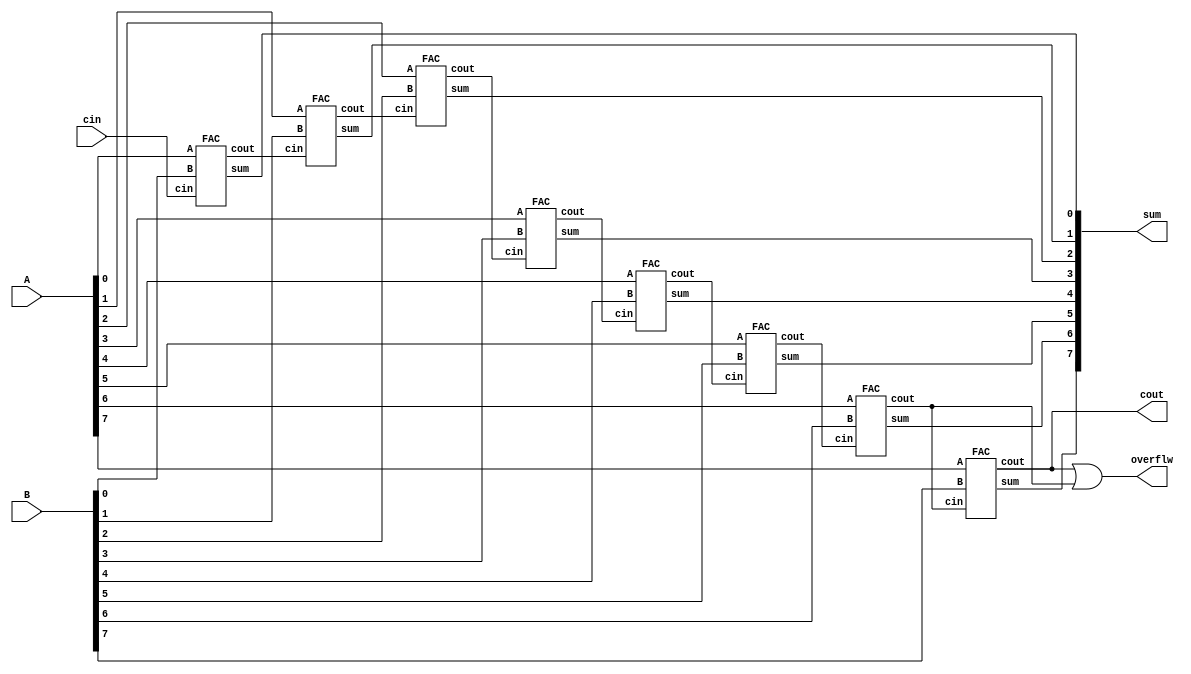
module RCA(
  input[7:0] A,
  input[7:0] B,
  input cin,
  output[7:0] sum,
  output cout,
  output overflw
);
wire [7:0] carry;
//
FAC FA0 (.A(A[0]), .B(B[0]), .cin(cin), .sum(sum[0]), .cout(carry[0]));
FAC FA1 (.A(A[1]), .B(B[1]), .cin(carry[0]), .sum(sum[1]), .cout(carry[1]));
FAC FA2 (.A(A[2]), .B(B[2]), .cin(carry[1]), .sum(sum[2]), .cout(carry[2]));
FAC FA3 (.A(A[3]), .B(B[3]), .cin(carry[2]), .sum(sum[3]), .cout(carry[3]));
FAC FA4 (.A(A[4]), .B(B[4]), .cin(carry[3]), .sum(sum[4]), .cout(carry[4]));
FAC FA5 (.A(A[5]), .B(B[5]), .cin(carry[4]), .sum(sum[5]), .cout(carry[5]));
FAC FA6 (.A(A[6]), .B(B[6]), .cin(carry[5]), .sum(sum[6]), .cout(carry[6]));
FAC FA7 (.A(A[7]), .B(B[7]), .cin(carry[6]), .sum(sum[7]), .cout(cout));
assign overflw=cout | carry[6];
endmodule
module FAC(
  input A,
  input B,
  input cin,
  output sum,
  output cout
);
assign sum = A ^ B ^ cin;
assign cout = (A & B) | (A & cin) | (B & cin);
endmodule
module RCA_Star(
  input[7:0] A,
  input[7:0] B,
  input cin,
  output[7:0] sum,
  output cout,
  output pi
);
wire[7:0] propagate;
wire[7:0] carry;

FAC_Star FAS0 (.A(A[0]), .B(B[0]), .cin(cin), .sum(sum[0]), .cout(carry[0]), .pi(propagate[0]));
FAC_Star FAS1 (.A(A[1]), .B(B[1]), .cin(carry[0]), .sum(sum[1]), .cout(carry[1]), .pi(propagate[1]));
FAC_Star FAS2 (.A(A[2]), .B(B[2]), .cin(carry[1]), .sum(sum[2]), .cout(carry[2]), .pi(propagate[2]));
FAC_Star FAS3 (.A(A[3]), .B(B[3]), .cin(carry[2]), .sum(sum[3]), .cout(carry[3]), .pi(propagate[3]));
FAC_Star FAS4 (.A(A[4]), .B(B[4]), .cin(carry[3]), .sum(sum[4]), .cout(carry[4]), .pi(propagate[4]));
FAC_Star FAS5 (.A(A[5]), .B(B[5]), .cin(carry[4]), .sum(sum[5]), .cout(carry[5]), .pi(propagate[5]));
FAC_Star FAS6 (.A(A[6]), .B(B[6]), .cin(carry[5]), .sum(sum[6]), .cout(carry[6]), .pi(propagate[6]));
FAC_Star FAS7 (.A(A[7]), .B(B[7]), .cin(carry[6]), .sum(sum[7]), .cout(cout), .pi(propagate[7]));

assign pi = propagate[0] & propagate[1] & propagate[2] & propagate[3] & propagate[4] & propagate[5] & propagate[6] & propagate[7];
endmodule
module FAC_Star(
  input A,
  input B,
  input cin,
  output sum,
  output cout,
  output pi
  );
  
  assign sum = A ^ B ^ cin;
  assign cout = (A & B) | (A & cin) | (B & cin);
  assign pi =A | B;
endmodule
module makeXor #(
    parameter WIDTH = 32 
)(
    input [WIDTH-1:0] a,
    input b,
    output [WIDTH-1:0] aXor
);

// Internal wire for the result of the XOR operation
wire [WIDTH-1:0] temp_aXor;
//assign aXor={WIDTH{1'd0}};

// Perform XOR operation between each bit of 'a' and 'b'
genvar i;
generate
    for (i = 0; i < WIDTH; i = i + 1) begin : XOR_loop
        assign temp_aXor[i] = a[i] ^ b;
    end
endgenerate

// Assign the result to the output
assign aXor = temp_aXor;
endmodule
module CSkA(
    //va trebui 1.x[32],y[32]-->sum[67](adunare)  2.x[33],y[33]-->sum[33](impartire)  3.x[34],y[34]-->sum[34](inmultire)
    input [31:0] 	X,
    input [31:0] 	Y,
    input [32:0] 	X2,
    input [32:0] 	Y2,
    input [33:0] 	X3,
    input [33:0] 	Y3, 
    input 	cin,
    output 	cout,
    output 	cout2,
    output 	cout3,
    output [66:0] sum,
    output [32:0] sum2,
    output [33:0] sum3
);
// Declaration of wires
wire [31:0] Y_xor_cin;
wire [32:0] Y2_xor_cin;
wire [33:0] Y3_xor_cin;
wire ovrflw;

makeXor #(.WIDTH(32)) xor1 (.a(Y), .b(cin), .aXor(Y_xor_cin));
makeXor #(.WIDTH(33)) xor2 (.a(Y2), .b(cin), .aXor(Y2_xor_cin));
makeXor #(.WIDTH(34)) xor3 (.a(Y3), .b(cin), .aXor(Y3_xor_cin));


//pt 32b
wire [2:0] carry;
wire Propagate1,Propagate2;

RCA RCA0(.A(X[7:0]), .B(Y_xor_cin[7:0]), .cin(cin), .sum(sum[7:0]), .cout(carry[0]), .overflw(overflw));
RCA_Star RCA1(.A(X[15:8]), .B(Y_xor_cin[15:8]), .cin(carry[0]), .sum(sum[15:8]), .cout(carry[1]), .pi(Propagate1));
RCA_Star RCA2(.A(X[23:16]), .B(Y_xor_cin[23:16]), .cin(carry[1]|(Propagate1&carry[0])), .sum(sum[23:16]), .cout(carry[2]), .pi(Propagate2));
RCA RCA3(.A(X[31:24]), .B(Y_xor_cin[31:24]), .cin(carry[2]|(Propagate2&carry[1])), .sum(sum[31:24]), .cout(cout), .overflw(overflw));

genvar i;
generate
    for (i = 32; i <67; i = i + 1) begin :loop
        assign sum[i]=sum[31];
    end
endgenerate

//pt 33b
wire [2:0] carry2;
wire Propagate21,Propagate22;
wire auxcout;

RCA RCA10(.A(X2[7:0]), .B(Y2_xor_cin[7:0]), .cin(cin), .sum(sum2[7:0]), .cout(carry2[0]), .overflw(overflw));
RCA_Star RCA11(.A(X2[15:8]), .B(Y2_xor_cin[15:8]), .cin(carry2[0]), .sum(sum2[15:8]), .cout(carry2[1]), .pi(Propagate21));
RCA_Star RCA12(.A(X2[23:16]), .B(Y2_xor_cin[23:16]), .cin(carry2[1]|(Propagate21 & carry2[0])), .sum(sum2[23:16]), .cout(carry2[2]), .pi(Propagate22));
RCA RCA13(.A(X2[31:24]), .B(Y2_xor_cin[31:24]), .cin(carry2[2]|(Propagate22 & carry2[1])), .sum(sum2[31:24]), .cout(auxcout), .overflw(overflw));
FAC FAC11(.A(X2[32]), .B(Y2_xor_cin[32]), .cin(auxcout), .sum(sum2[32]), .cout(cout2)); // Connect carry-out of RCA13 to cin of FAC11

//pt 34b
wire [2:0] carry3;
wire Propagate31,Propagate32;
wire auxcout1,auxcout2;

RCA RCA20(.A(X3[7:0]), .B(Y3_xor_cin[7:0]), .cin(cin), .sum(sum3[7:0]), .cout(carry3[0]), .overflw(overflw));
RCA_Star RCA21(.A(X3[15:8]), .B(Y3_xor_cin[15:8]), .cin(carry3[0]), .sum(sum3[15:8]), .cout(carry3[1]), .pi(Propagate31));
RCA_Star RCA22(.A(X3[23:16]), .B(Y3_xor_cin[23:16]), .cin(carry3[1]|(Propagate31 & carry3[0])), .sum(sum3[23:16]), .cout(carry3[2]), .pi(Propagate32));
RCA RCA23(.A(X3[31:24]), .B(Y3_xor_cin[31:24]), .cin(carry3[2]|(Propagate32 & carry3[1])), .sum(sum3[31:24]), .cout(auxcout1), .overflw(overflw));
FAC FAC21(.A(X3[32]), .B(Y3_xor_cin[32]), .cin(auxcout1), .sum(sum3[32]), .cout(auxcout2)); // Connect carry-out of RCA23 to cin of FAC21
FAC FAC22(.A(X3[33]), .B(Y3_xor_cin[33]), .cin(auxcout2), .sum(sum3[33]), .cout(cout3)); // Connect carry-out of FAC21 to cin of FAC2  
endmodule

//===========================================================================================

module controlUnit(
input clk,rst_b,
input START,
input [4:0] cnt,
input w,
output reg [7:0] cSig
);
localparam s0 = 1;
localparam s1 = 2;
localparam s2 = 4;
localparam s3 = 8;
localparam s4 = 16;
localparam s5 = 32;
localparam s6 = 64;
localparam s7 = 128;
localparam s8 = 256;
localparam s9 = 512;
localparam s10 = 1024;

reg [10:0] cst,nxst;

always @* begin
case(cst)
s0:begin
if(START==1'b1)
nxst=s1;
else
nxst=s0;
end

s1:begin
nxst=s2;
end

s2:begin
nxst=s3;
end

s3:begin
nxst=s4;
end

s4:begin
nxst=s5;
end

s5:begin
if(~w)
nxst=s7;
else
nxst=s6;
end

s6:begin
nxst=s8;
end
s7:begin
nxst=s8;
end

s8:begin
if(cnt[0]&cnt[1]&cnt[2]&cnt[3]&cnt[4])
nxst=s10;
else
nxst=s9;
end

s9:begin
nxst=s4;
end

s10:begin
nxst=s0;
end
endcase
end

always @* begin
    case (cst)
        s1:cSig=8'd1;
        s2:cSig=8'd2;
        s3:cSig=8'd4;  
        s4:cSig=8'd24;
        s6:cSig=8'd8;
        s7:cSig=8'd32;
        s9:cSig=8'd64;
        s10:cSig=8'd128;
        default: cSig=8'd0;
    endcase
end

always @(posedge clk,negedge rst_b) begin
//$display("q = %b", cst);
if(!rst_b)begin
cst<=s0;
end
else
cst<=nxst;       
end
endmodule

//===========================================================================================

module mux2to1A(
    input [32:0] data_in0,
    input [32:0] data_in1,
    input select,
    output reg [32:0] data_out
);
always @* begin
    case (select)
        1'b0: data_out = data_in0;
        1'b1: data_out = data_in1;
        default: data_out = 33'bX; 
    endcase
end
endmodule

module mux2to1B(
    input [31:0] data_in0,
    input [31:0] data_in1,
    input select,
    output reg [31:0] data_out
);
always @* begin
    case (select)
        1'b0: data_out = data_in0;
        1'b1: data_out = data_in1;
        default: data_out = 32'bX; 
    endcase
end
endmodule

//===========================================================================================

module operations(
    input clk,
    input [32:0] m,
    input [32:0] a,
    input [1:0] cSig,
    output reg [32:0] newa
);
    wire cout, cout2, cout3;
    wire [66:0] sum;
    wire [32:0] sum2,aux;
    wire [33:0] sum3;

CSkA CSkA_inst2 (
    .X(32'd0),          // Set X to zero, unused
    .Y(32'd0),          // Set Y to zero, unused
    .X2(a),            // Connect X2
    .Y2(m),            // Connect Y2
    .X3(34'd0),         // Set X3 to zero, unused
    .Y3(34'd0),         // Set Y3 to zero, unused
    .cin(cSig[1]),
    .cout(cout),
    .cout2(cout2),
    .cout3(cout3),
    .sum(sum),
    .sum2(sum2),
    .sum3(sum3)
);
mux2to1A selectFinal(.data_in0(a), .data_in1(sum2), .select(cSig[0]), .data_out(aux));

always @* begin
//if(cSig[0])begin
//$display("sum=%b\n",sum2);end
    newa <= aux;
end   
endmodule

//===========================================================================================

module checkNotRestore(
input clk,
input c5,
input [31:0] q,
output reg [31:0] newq
);
always @* begin
newq<=q;
if(c5)
newq[0]<=c5;
end
endmodule

//===========================================================================================

module rshift(
input c6,
input clk,
input [32:0] a,
input [31:0] q,
output reg [32:0] aOUT,
output reg [31:0] qOUT
);
wire [32:0] aOUTR;
wire [32:0] aux1;
wire [31:0] qOUTR;
wire [31:0] aux2;

assign aOUTR=a<<1;
assign qOUTR=q<<1;

mux2to1A inst1(.data_in0(a), .data_in1(aOUTR), .select(c6), .data_out(aux1));
mux2to1B inst2(.data_in0(q), .data_in1(qOUTR), .select(c6), .data_out(aux2));

always @* begin
aOUT=aux1;qOUT=aux2;
if(c6)begin
aOUT[0]=q[31];
qOUT[0]=1'b0; 
end
end
endmodule

//===========================================================================================

module counter (
    input clk,      // Clock input
    input c_up,     // Count up enable
    input rst,      // Reset input (active low)
    input clr,
    input[4:0] count_reg,
    output reg [4:0] count  // 8-bit counter output
);
// Define counter behavior
always @(posedge c_up,posedge clr,negedge rst)begin
    if (!rst) begin
        // Reset the counter to 0 when rst is asserted (active low)
        count <= 5'd0;
    end else if (clr) begin
        // Clear the counter to 0 when clr is asserted
        count <= 5'd0;
    end else if (c_up) begin
        // Increment the counter if count up is enabled
        count <= count_reg + 1;
    end
end
endmodule

module divider(
input [31:0] X,Y,
input clk,
input active,//formula lui OP
output reg [66:0] quatient,//Q
output reg [32:0] remainder,//A
output reg suff
);
reg [32:0] a;
reg [31:0] q;
reg [32:0] m;
reg [4:0] counter;
reg activeREG;

wire [32:0] aAux,aAux2,aAux3;
wire [31:0] qAux,qAux2,qAux3;
wire [4:0] counterAux;
wire [7:0] cSig;

reg rst=0,sec=0;

always @(posedge clk) begin
    if(!rst) begin
    suff<=0;
    a <= 33'd0;
    counter <= 5'd0;
    q <= X;
    m <= {Y[31], Y};
     activeREG <= active; 
    end
end

controlUnit fsm(.clk(clk), .rst_b(rst), .START(activeREG), .cnt(counter), .w(a[32]), .cSig(cSig));
rshift fshift(.a(a), .clk(clk), .q(q), .aOUT(aAux), .qOUT(qAux), .c6(cSig[2]));
operations op(.m(m), .clk(clk), .a(aAux), .cSig({cSig[4],cSig[3]}), .newa(aAux2));
checkNotRestore check(.clk(clk), .q(qAux), .c5(cSig[5]), .newq(qAux2));
rshift sshisft(.a(aAux2), .clk(clk), .q(qAux2), .aOUT(aAux3), .qOUT(qAux3), .c6(cSig[6]));
counter cntUp(.clk(clk), .c_up(cSig[6]), .rst(rst), .clr(cSig[0]), .count_reg(counter), .count(counterAux));

always @(posedge clk) begin
//$display("x=%b\ny=%b\n\nrst=%b\nactiveREG=%b\ncSig=%b\ncounterAux=%b\na=%b\nq=%b\n\nsuff=%b\n",X,Y,rst,activeREG,cSig,counterAux,aAux3,qAux3,suff);
    a <= aAux3;
    q <= qAux3;
    counter <= counterAux;
    if(cSig[7])begin activeREG=0; suff=1; end
    quatient<= {{35{q[31]}},q};
    remainder<=a;
    rst=sec;
    sec=1;
end
endmodule










module divider_tb;
  
  reg [31:0] X,Y;
  reg clk,enable;
  wire suff;
  wire [66:0] quatient;
  wire [32:0] remainder;
  
  divider divider_inst (.suff(suff), 
   .X(X),.Y(Y),.clk(clk),.active(enable),.quatient(quatient),.remainder(remainder)
  );

  // Stimulus
  initial begin
    // Initialize inputs
    //$monitor("quatient = %b\nremainder = %b\nsuff=%b\n",quatient,remainder,suff);
    //x 0 0 0 10010 1100 0010
    //y 0 0 0 00000 1010 1100
    X = 32'd4802; // Example input value
    Y = 32'd172; // Example input value
    enable=1'b1;
    // Wait some time
    #4010;

    // End simulation
    $finish;
  end
  
localparam run_cycle=10,cycles=200;
initial begin
  clk=1'b0;
  repeat (cycles*2)
#run_cycle clk=~clk;
end
  
endmodule